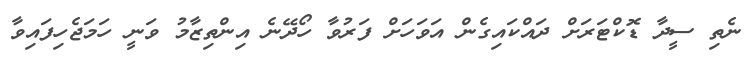
ނެތި ސީދާ ޑޮކްޓަރަށް ދައްކައިގެން އަވަހަށް ފަރުވާ ހޯދޭނެ އިންތިޒާމު ވަނީ ހަމަޖެހިފައިވާ